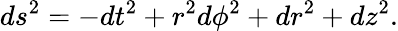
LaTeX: ds^{2}=-dt^{2}+r^{2}d\phi^{2}+dr^{2}+dz^{2}.